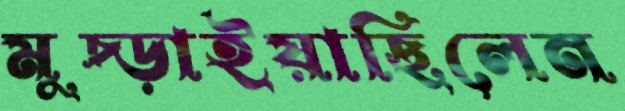
মুচ্‌ড়াইয়াছিলেন